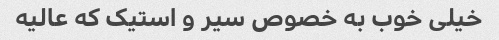
خیلی خوب به خصوص سیر و استیک که عالیه